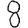
Digit: 8